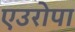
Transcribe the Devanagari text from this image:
एउरोपा